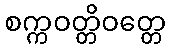
စက္ကဝတ္တိဝတ္တေ